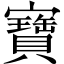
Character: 寶